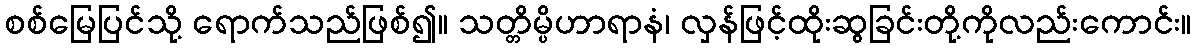
စစ်မြေပြင်သို့ ရောက်သည်ဖြစ်၍။ သတ္တိမ္ပိဟာရာနံ၊ လှန်ဖြင့်ထိုးဆွခြင်းတို့ကိုလည်းကောင်း။